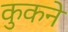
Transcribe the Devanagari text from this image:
कुकने